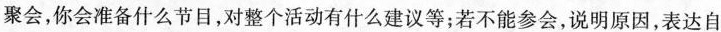
聚会，你会准备什么节目，对整个活动有什么建议等；若不能参会，说明原因，表达自